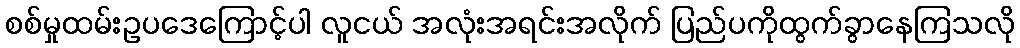
စစ်မှုထမ်းဥပဒေကြောင့်ပါ လူငယ် အလုံးအရင်းအလိုက် ပြည်ပကိုထွက်ခွာနေကြသလို